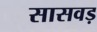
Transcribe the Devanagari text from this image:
सासवड़